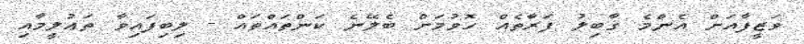
ވަޒީފާއަށް އެންމެ ޤާބިލު ފަރާތެއް ހޮވުމަށް ބެލޭނެ ކަންތައްތައް - ލިބިފައިވާ ތަޢުލީމާއި